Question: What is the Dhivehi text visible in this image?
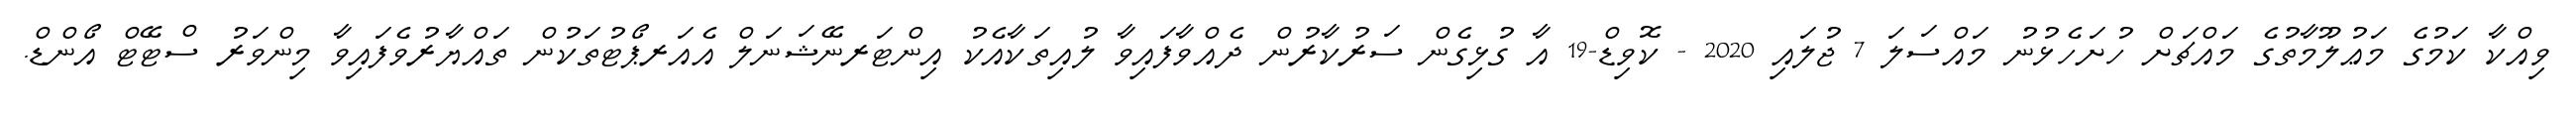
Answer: ވިއްކާ ކަމުގެ މަޢުލޫމާތުގެ މައްޗަށް ހުށަހެޅުނު މައްސަލަ 7 ޖުލައި 2020 - ކޮވިޑް-19 އާ ގުޅިގެން ސަރުކާރުން ދެއްވާފައިވާ ލުއިތަކާއެކު އިންޓަރނޭޝަނަލް އެއަރޕޯޓުތަކުން ތައްޔާރުވެފައިވާ މިންވަރު ސްޓޭޓް އޯންޑް.